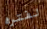
لفتره